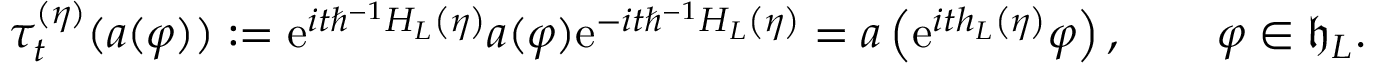
\tau _ { t } ^ { ( \eta ) } ( a ( \varphi ) ) : = \mathrm { e } ^ { i t \hbar ^ { - 1 } H _ { L } \left( \eta \right) } a ( \varphi ) \mathrm { e } ^ { - i t \hbar ^ { - 1 } H _ { L } \left( \eta \right) } = a \left( \mathrm { e } ^ { i t h _ { L } \left( \eta \right) } \varphi \right) , \qquad \varphi \in \mathfrak { h } _ { L } .